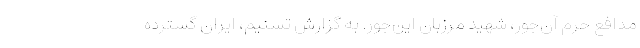
مدافع حرم آن‌جور، شهید مرزبان این‌جور. به گزارش تسنیم، ایران گسترده